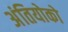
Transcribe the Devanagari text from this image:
अंतियोको